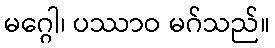
မဂ္ဂေါ၊ ပဿာဝ မဂ်သည်။